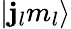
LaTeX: |\mathbf{j}_{l}m_{l}\rangle